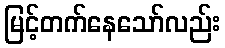
မြင့်တက်နေသော်လည်း